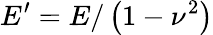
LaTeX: E^{\prime}=E/\left(1-\nu^{2}\right)